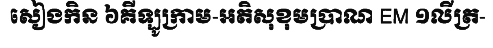
សៀងកិន ៦គីឡូក្រាម-អតិសុខុមប្រាណ EM ១លីត្រ-